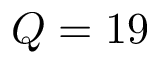
Q = 1 9